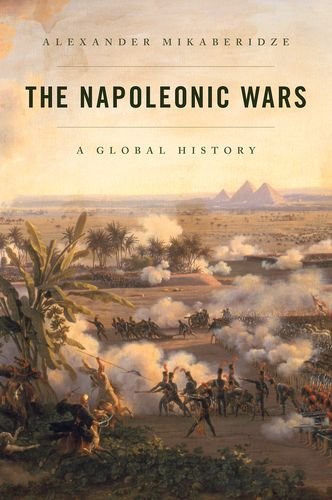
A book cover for The Napoleonic Wars: A Global History; Alexander Mikaberidze; History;